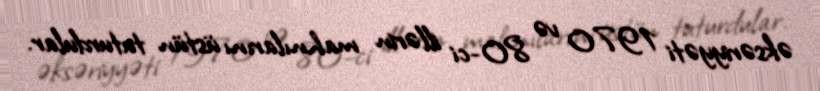
əksəriyyəti 1970 və 80-ci illərin mahnılarını üstün tuturdular.